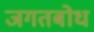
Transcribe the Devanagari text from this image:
जगतबोध